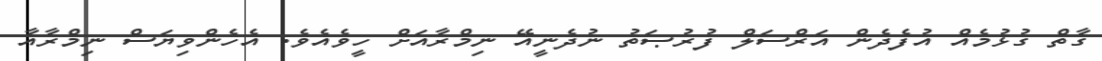
ގާތް ގުޅުމެއް އުފެދެން އަރްސަލް ފުރުޞަތު ނުދެނީއޭ ނިމްރާއަށް ހީވެއެވެ. އެހެންވިޔަސް ނިމްރާއާ